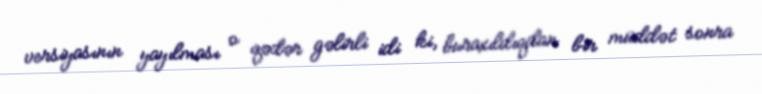
versiyasının yayılması o qədər gəlirli idi ki, buraxıldıqdan bir müddət sonra